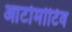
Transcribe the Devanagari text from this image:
आटोमोटिव